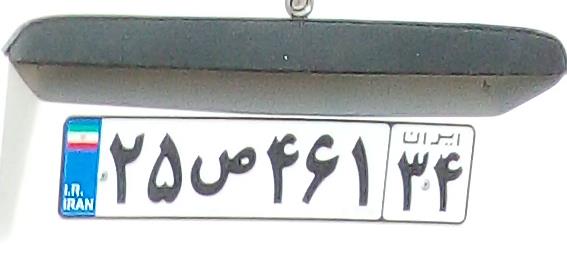
۲۵ص۶۴۱۳۴